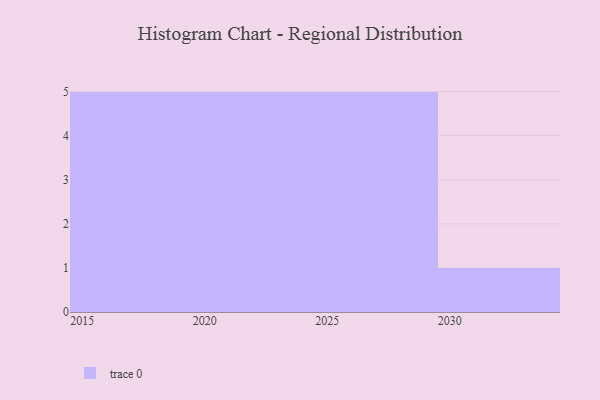
{"axis": {"x": "Year", "y": "Population (Million)"}, "legend": [""], "data": [{"x": "2019", "y": 23, "type": ""}, {"x": "2027", "y": 40, "type": ""}, {"x": "2024", "y": 63, "type": ""}, {"x": "2026", "y": 49, "type": ""}, {"x": "2021", "y": 26, "type": ""}, {"x": "2022", "y": 76, "type": ""}, {"x": "2030", "y": 73, "type": ""}, {"x": "2025", "y": 20, "type": ""}, {"x": "2015", "y": 45, "type": ""}, {"x": "2016", "y": 65, "type": ""}, {"x": "2020", "y": 31, "type": ""}, {"x": "2017", "y": 36, "type": ""}, {"x": "2023", "y": 34, "type": ""}, {"x": "2018", "y": 99, "type": ""}, {"x": "2029", "y": 74, "type": ""}, {"x": "2028", "y": 97, "type": ""}]}